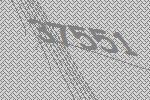
37551